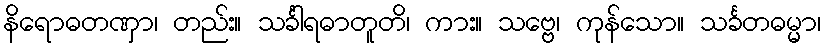
နိရောဓတဏှာ၊ တည်း။ သင်္ခါရဓာတူတိ၊ ကား။ သဗ္ဗေ၊ ကုန်သော။ သင်္ခတဓမ္မာ၊